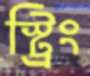
স্ট্রিং